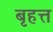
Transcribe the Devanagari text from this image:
बृहत्त